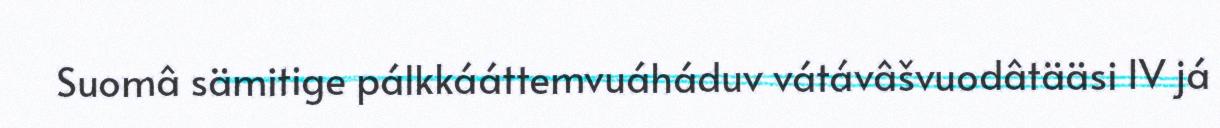
Suomâ sämitige pálkkááttemvuáháduv vátávâšvuodâtääsi IV já